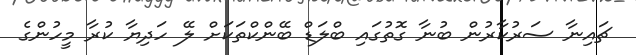
ޗައިނާ ސަރުކާރުން ބުނާ ގޮތުގައި ބްލަޑް ބޭންކްތަކަށް ލޭ ހަދިޔާ ކުރާ މީހުންގެ